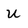
Character: U